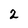
Character: 2